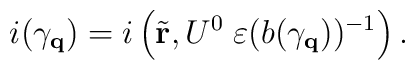
i(\gamma_{\bf q}) = i\left(\tilde{\bf r}, U^{0}\; \varepsilon(b(\gamma_{\bf q}))^{-1} \right).